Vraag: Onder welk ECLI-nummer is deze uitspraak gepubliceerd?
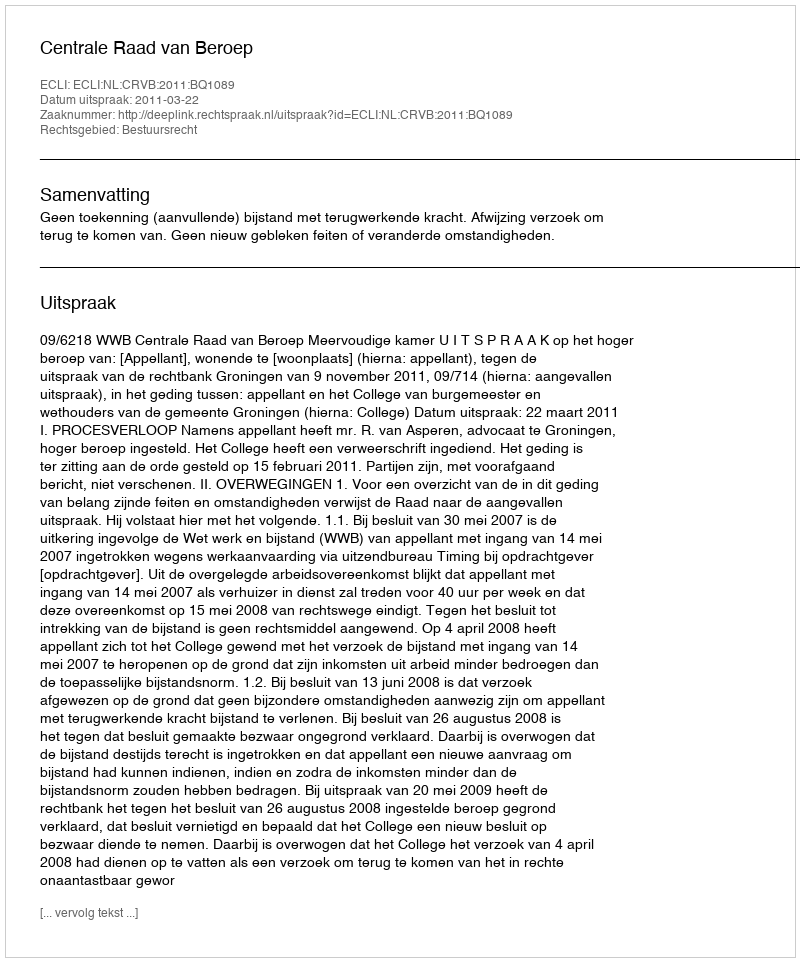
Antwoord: ECLI:NL:CRVB:2011:BQ1089